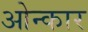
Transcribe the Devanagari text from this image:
ओन्कार